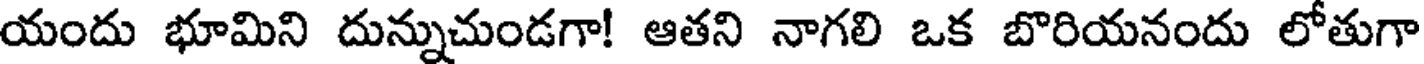
యందు భూమిని దున్నుచుండగా! ఆతని నాగలి ఒక బొరియనందు లోతుగా